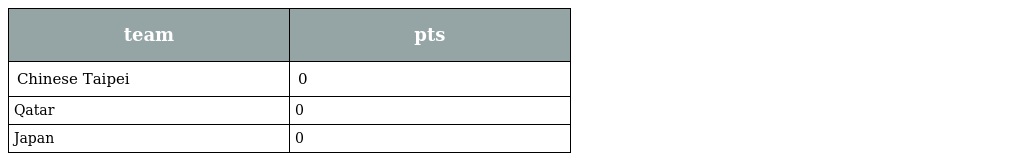
| team | pts |
 | --- | --- |
 | Chinese Taipei | 0 |
 | Qatar | 0 |
 | Japan | 0 |